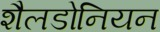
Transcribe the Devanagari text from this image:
शैलडोनियन